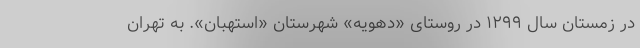
در زمستان سال ۱۲۹۹ در روستای «دِهویِه» شهرستان «استهبان». به تهران